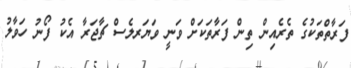
ފަރާތްތަކުގެ ތެރެއިން ތިން ފަރާތަކަށް ވަނީ ވަޔަރލެސް ޗާޖަރާ އެކު ފޯނު ހަވާލު